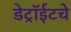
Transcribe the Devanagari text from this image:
डेट्रॉईटचे